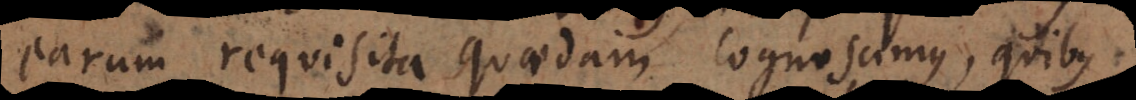
earum requisita quaedam cognoscimus, quibus